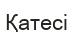
Қатесі